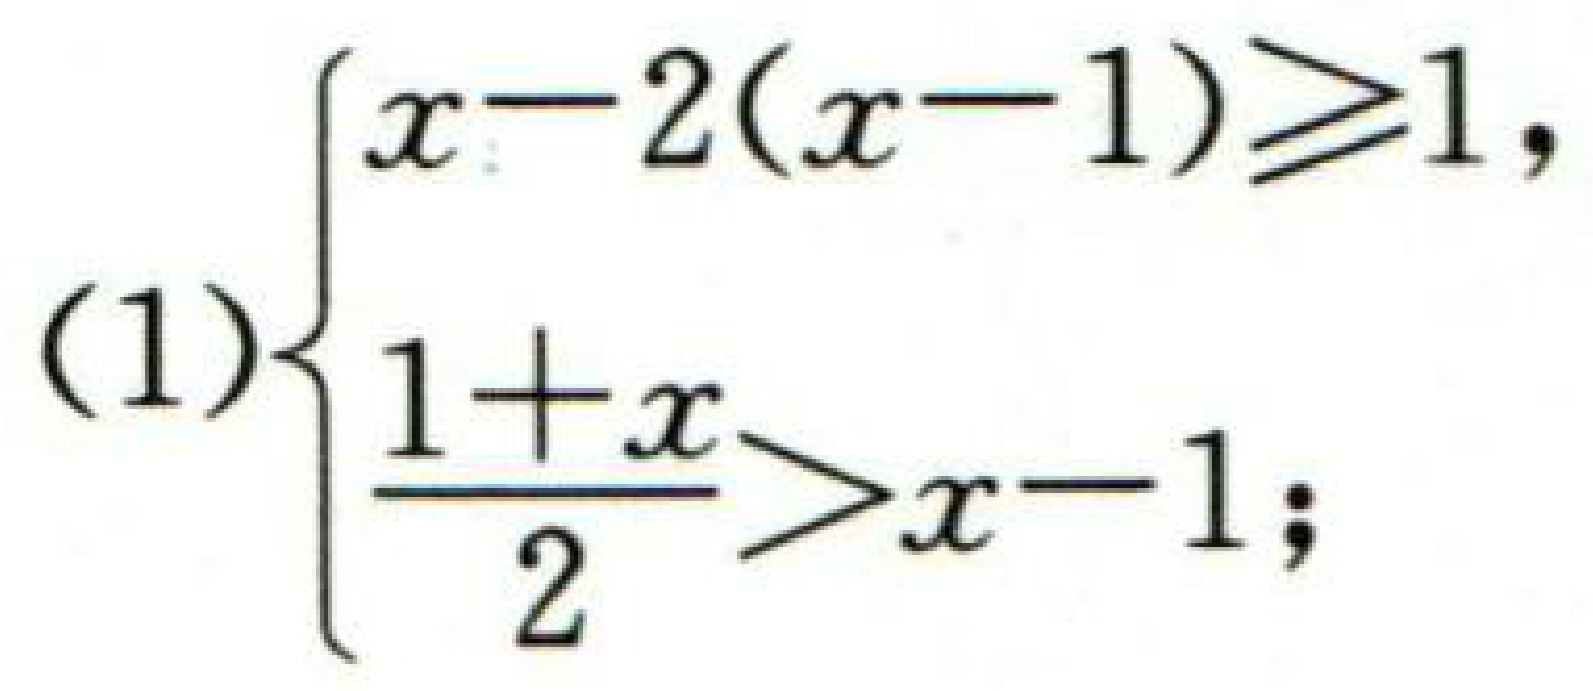
\[(1)\begin{cases}
x - 2(x - 1)\geqslant1,\\
\frac{1 + x}{2}>x - 1;
\end{cases}\]